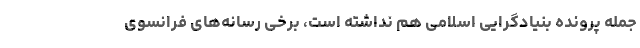
جمله پرونده بنیادگرایی اسلامی هم نداشته است، برخی رسانه‌های فرانسوی